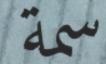
سمة